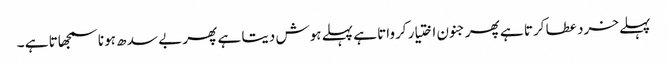
پہلے خرد عطا کرتا ہے پھر جنون اختیار کرواتا ہے پہلے ہوش دیتا ہے پھر بے سد ھ ہونا سمجھاتا ہے ۔